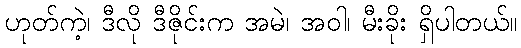
ဟုတ်ကဲ့၊ ဒီလို ဒီဇိုင်းက အမဲ၊ အဝါ၊ မီးခိုး ရှိပါတယ်။